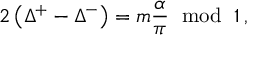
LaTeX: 2 \left( \Delta ^ { + } - \Delta ^ { - } \right) = m \displaystyle \frac { \alpha } { \pi } \, \, \bmod \, \, 1 \, ,